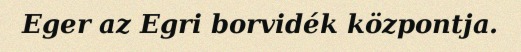
Eger az Egri borvidék központja.